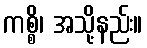
ကစ္စိ၊ အသို့နည်း။